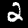
Label: 2